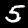
Digit: 5